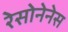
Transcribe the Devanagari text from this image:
रेसोनेनेस